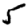
Digit: 5